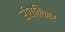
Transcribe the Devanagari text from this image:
रीत्तिकार